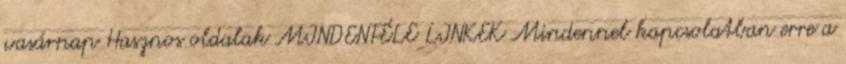
vasárnap Hasznos oldalak MINDENFÉLE LINKEK Mindennel kapcsolatban erre a